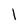
Character: l